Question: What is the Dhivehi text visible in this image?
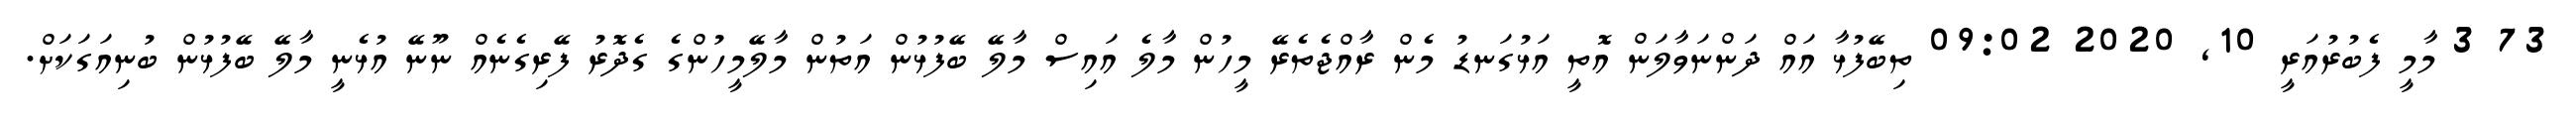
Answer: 73 3 މާމީ ފެބުރުއަރީ 10, 2020 09:02 ތިބޭފުޅާ އައް ދަންނަވާލަން އޮތީ އަޅުގަނޑު މެން ރާއްޖެތެރޭ މީހުން މާލެ އައިސް މާލޭ ބޭފުޅުން އަތުން މާލޭމީހުންގެ ގެދޮރު ފޭރިގެނެއް ނޫނޭ އުޅެނީ މާލޭ ބޭފުޅުން ބުނިއަގަކަށް.